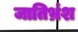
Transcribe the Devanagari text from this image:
जातिभ्रंश